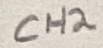
Text: CH2